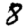
Digit: 8